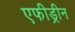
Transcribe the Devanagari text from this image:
एफीड्रीन